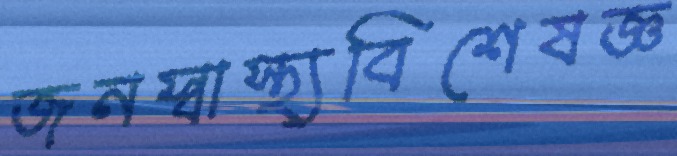
জনস্বাস্থ্যবিশেষজ্ঞ